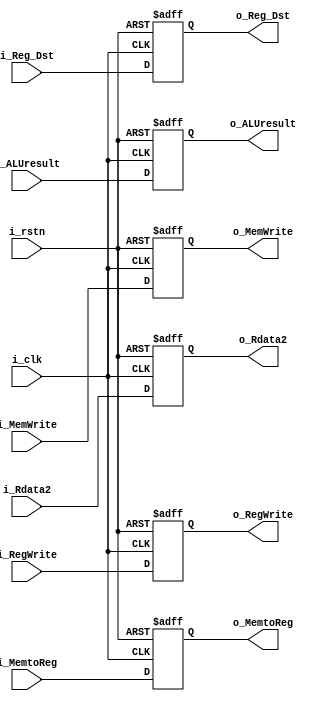
`timescale 1ns / 1ps
module EX_MEM(
    input i_clk, 
    input i_rstn, 
    input i_MemtoReg, 
    input i_MemWrite, 
    input i_RegWrite, 
    input [31:0] i_ALUresult, 
    input [31:0] i_Rdata2,
    input [4:0] i_Reg_Dst, 
    output reg o_MemtoReg, 
    output reg o_MemWrite,  
    output reg o_RegWrite, 
    output reg [31:0] o_ALUresult, 
    output reg [31:0] o_Rdata2, 
    output reg [4:0] o_Reg_Dst
);
always @(posedge i_clk, negedge i_rstn) begin
    if(!i_rstn) begin
        o_MemtoReg <= 1'b0;
        o_MemWrite <= 1'b0;
        o_RegWrite <= 1'b0;
        o_ALUresult <= 32'd0;
        o_Rdata2 <= 32'd0;
        o_Reg_Dst <= 5'd0;
    end
    else begin
        o_MemtoReg <= i_MemtoReg;
        o_MemWrite <= i_MemWrite;
        o_RegWrite <= i_RegWrite;
        o_ALUresult <= i_ALUresult;
        o_Rdata2 <= i_Rdata2;
        o_Reg_Dst <= i_Reg_Dst;
    end 
end
endmodule